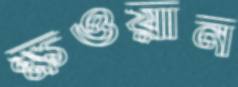
ক্ষওয়ান